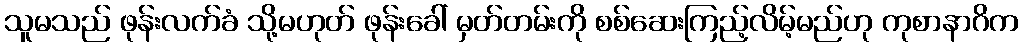
သူမသည် ဖုန်းလက်ခံ သို့မဟုတ် ဖုန်းခေါ် မှတ်တမ်းကို စစ်ဆေးကြည့်လိမ့်မည်ဟု ကုစာနာဂိက